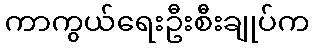
ကာကွယ်ရေးဦးစီးချုပ်က